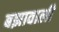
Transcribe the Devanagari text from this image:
बझावाली